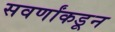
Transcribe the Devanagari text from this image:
सवर्णांकडून